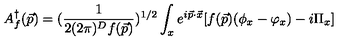
A _ { f } ^ { \dagger } ( \vec { p } ) = ( { \frac { 1 } { 2 ( 2 \pi ) ^ { D } f ( \vec { p } ) } } ) ^ { 1 / 2 } \int _ { x } e ^ { i \vec { p } \cdot \vec { x } } [ f ( \vec { p } ) ( \phi _ { x } - \varphi _ { x } ) - i \Pi _ { x } ]